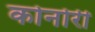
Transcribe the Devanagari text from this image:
कोनोरी